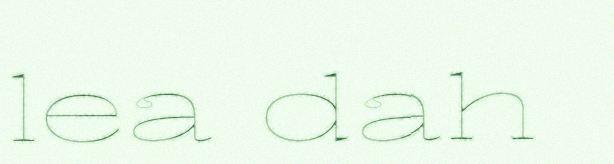
lea dah